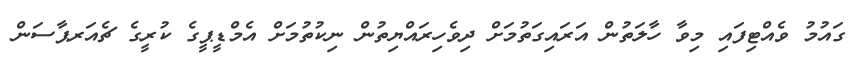
ގައުމު ވެއްޓިފައި މިވާ ހާލަތުން އަރައިގަތުމަށް ދިވެހިރައްޔިތުން ނިކުތުމަށް އެމްޑީޕީގެ ކުރީގެ ޗެއަރޕާސަން